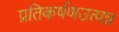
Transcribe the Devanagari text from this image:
प्रतिकर्षणउत्पन्न